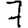
Digit: 7